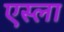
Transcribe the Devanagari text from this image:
एस्ला